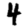
Digit: 4